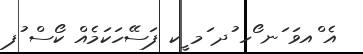
އެ ްއވަ ަނ ޯހ ުދ ަމ ީކ ފަސޭހަކަމެއް ކޯސް ުފ